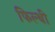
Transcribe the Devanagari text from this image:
फिल्थी